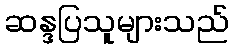
ဆန္ဒပြသူများသည်